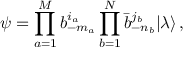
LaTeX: \psi = \prod _ { a = 1 } ^ { M } b _ { - m _ { a } } ^ { i _ { a } } \prod _ { b = 1 } ^ { N } \bar { b } _ { - n _ { b } } ^ { j _ { b } } | \lambda \rangle \, ,